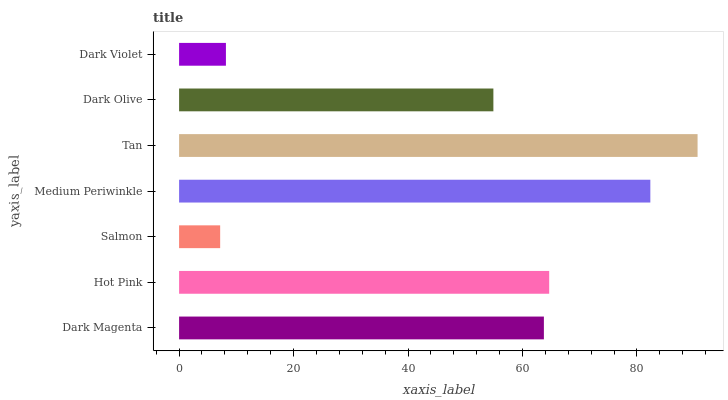
| yaxis_label | bars |
 | --- | --- |
 | Dark Magenta | 63.7 |
 | Hot Pink | 64.7 |
 | Salmon | 7.18 |
 | Medium Periwinkle | 82.3 |
 | Tan | 90.6 |
 | Dark Olive | 54.9 |
 | Dark Violet | 8.18 |